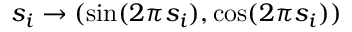
s _ { i } \rightarrow ( \sin ( 2 \pi s _ { i } ) , \cos ( 2 \pi s _ { i } ) )